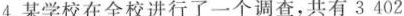
4.某学校在全校进行了一个调查，共有3402